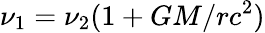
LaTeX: \nu_{1}=\nu_{2}(1+GM/rc^{2})